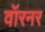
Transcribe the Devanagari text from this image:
वॉरनर